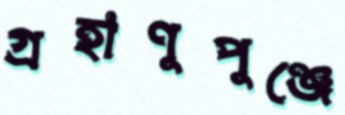
গ্রহাণুপুঞ্জে